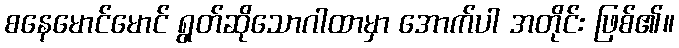
စနေမောင်မောင် ရွတ်ဆိုသောဂါထာမှာ အောက်ပါ အတိုင်း ဖြစ်၏။